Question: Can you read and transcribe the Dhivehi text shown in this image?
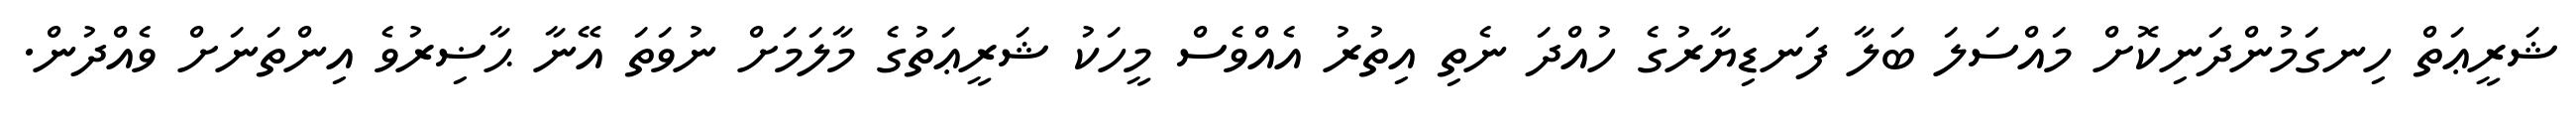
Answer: ޝަރީޢަތް ހިނގަމުންދަނިކޮށް މައްސަލަ ބަލާ ފަނޑިޔާރުގެ ހުއްދަ ނެތި އިތުރު އެއްވެސް މީހަކު ޝަރީޢަތުގެ މާލަމަށް ނުވަތަ އޭނާ ޙާޟިރުވެ އިންތަނަށް ވެއްދުން.